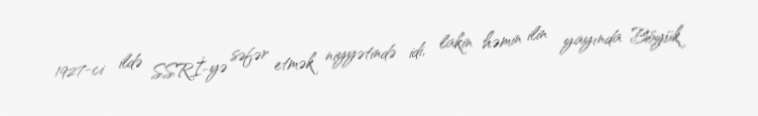
1927-ci ildə SSRİ-yə səfər etmək niyyətində idi, lakin həmin ilin yayında Böyük